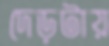
দেড়টায়